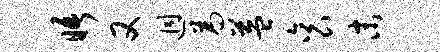
晤又迥为益衮末